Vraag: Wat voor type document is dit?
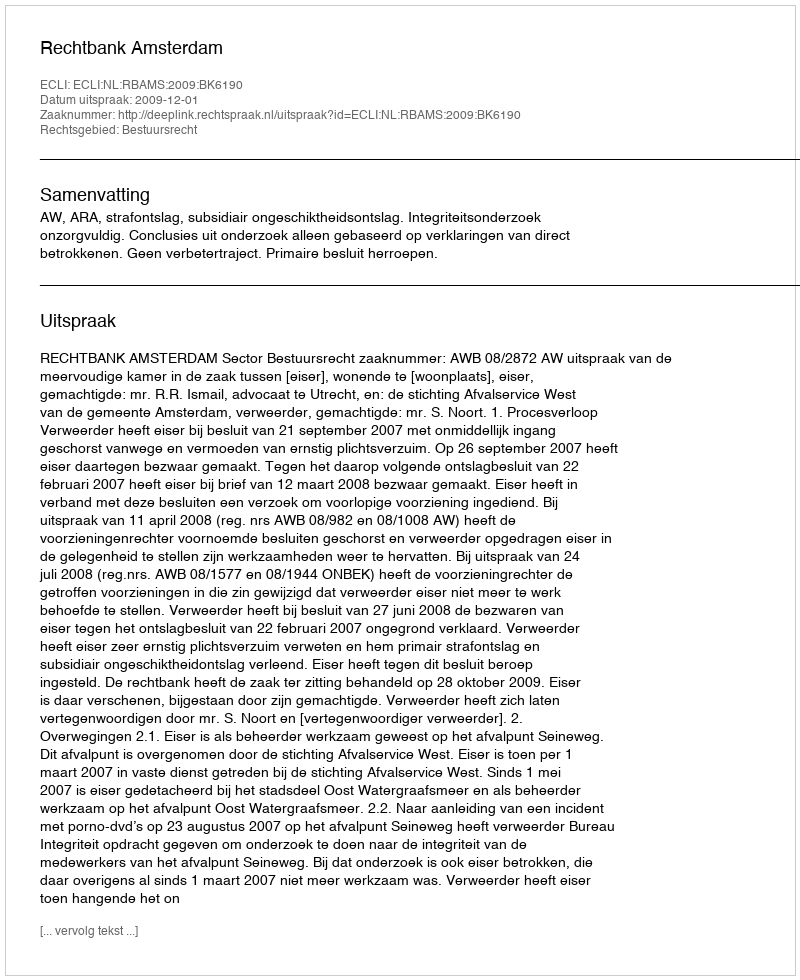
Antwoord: Uitspraak